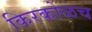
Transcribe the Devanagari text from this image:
किरकोळच